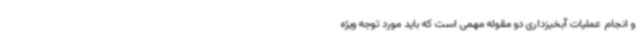
و انجام عملیات آبخیزداری دو مقوله مهمی است که باید مورد توجه ویژه